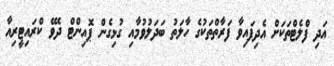
އަދި ފްލެޓްތަކަށް އެދިފައިވާ ފަރާތްތަކުގެ ހާލަތު ބަދަލުވުމާއި ގުޅިގެން ޕޮއިންޓް ދެވޭ ކްރައިޓީރިއާ